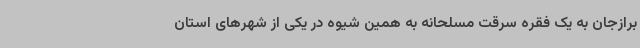
برازجان به یک فقره سرقت مسلحانه به همین شیوه در یکی از شهرهای استان